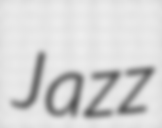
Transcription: Jazz